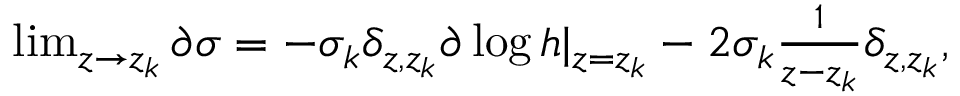
\begin{array} { r } { \operatorname* { l i m } _ { z \rightarrow z _ { k } } \partial \sigma = - \sigma _ { k } \delta _ { z , z _ { k } } \partial \log h | _ { z = z _ { k } } - 2 \sigma _ { k } \frac { 1 } { z - z _ { k } } \delta _ { z , z _ { k } } , } \end{array}